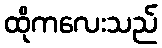
ထိုကလေးသည်